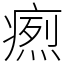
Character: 𤹐